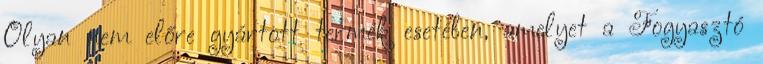
Olyan nem előre gyártott termék esetében, amelyet a Fogyasztó